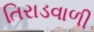
તિરાડવાળી